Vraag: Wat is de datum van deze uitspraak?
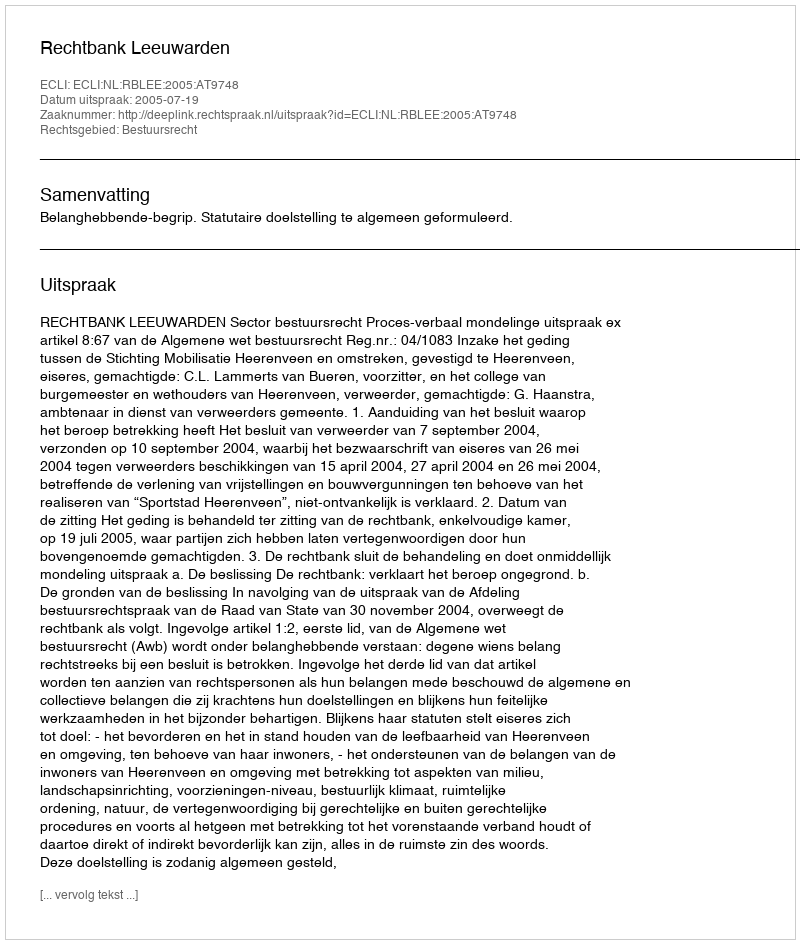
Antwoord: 2005-07-19